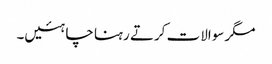
مگر سوالات کرتے رہنا چاہئیں۔